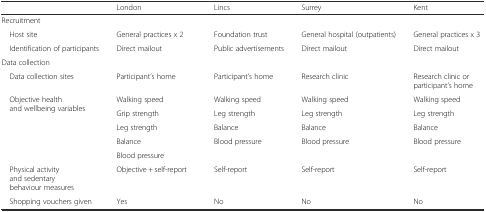
<table><thead><tr><td></td><td><b>London</b></td><td><b>Lincs</b></td><td><b>Surrey</b></td><td><b>Kent</b></td></tr></thead><tbody><tr><td colspan="5">Recruitment</td></tr><tr><td> Host site</td><td>General practices x 2</td><td>Foundation trust</td><td>General hospital (outpatients)</td><td>General practices x 3</td></tr><tr><td> Identification of participants</td><td>Direct mailout</td><td>Public advertisements</td><td>Direct mailout</td><td>Direct mailout</td></tr><tr><td colspan="5">Data collection</td></tr><tr><td> Data collection sites</td><td>Participant’s home</td><td>Participant’s home</td><td>Research clinic</td><td>Research clinic or participant’s home</td></tr><tr><td rowspan="5"> Objective health and wellbeing variables</td><td>Walking speed</td><td>Walking speed</td><td>Walking speed</td><td>Walking speed</td></tr><tr><td>Grip strength</td><td>Leg strength</td><td>Leg strength</td><td>Leg strength</td></tr><tr><td>Leg strength</td><td>Balance</td><td>Balance</td><td>Balance</td></tr><tr><td>Balance</td><td rowspan="2">Blood pressure</td><td rowspan="2">Blood pressure</td><td rowspan="2">Blood pressure</td></tr><tr><td>Blood pressure</td></tr><tr><td> Physical activity and sedentary behaviour measures</td><td>Objective + self-report</td><td>Self-report</td><td>Self-report</td><td>Self-report</td></tr><tr><td> Shopping vouchers given</td><td>Yes</td><td>No</td><td>No</td><td>No</td></tr></tbody></table>